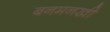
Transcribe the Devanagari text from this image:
बनमनखी